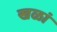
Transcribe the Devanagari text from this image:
खळां